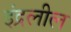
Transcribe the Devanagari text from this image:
इंद्रलील